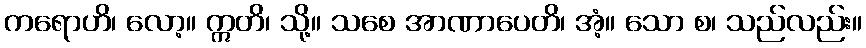
ကရောဟိ၊ လော့။ ဣတိ၊ သို့။ သစေ အာဏာပေတိ၊ အံ့။ သော စ၊ သည်လည်း။